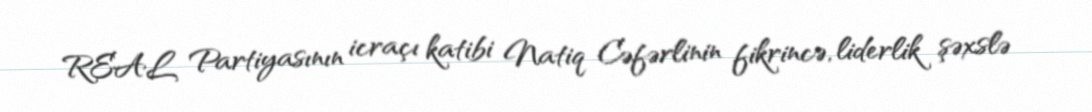
REAL Partiyasının icraçı katibi Natiq Cəfərlinin fikrincə, liderlik şəxslə